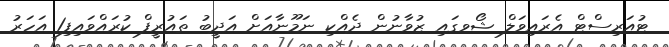
ޓުއަރިސްޓް އެރައިވަލް ޝޯވގައި ޒުވާނުން ދެއްކި ނަމޫނާއަށް އަދީބު ތައުރީފް ކުރައްވައިފި1 އަހަރު